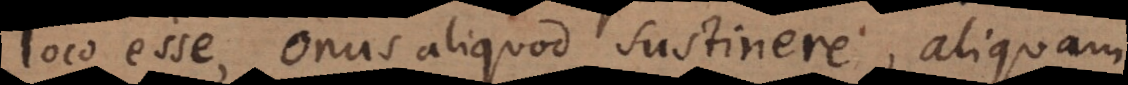
loco esse, onus aliquod sustinere, aliquam